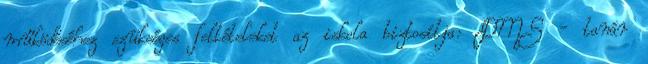
működéséhez szükséges feltételeket az iskola biztosítja: DMS - tanár